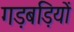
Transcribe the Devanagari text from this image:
गड़बड़ियों